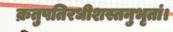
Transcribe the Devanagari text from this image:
क्रतुपतिरधीशस्तनुभृतां।